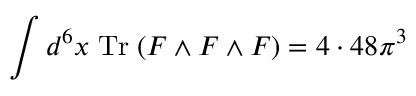
\int d ^ { 6 } x \; \mathrm { T r } \; ( F \wedge F \wedge F ) = 4 \cdot 4 8 \pi ^ { 3 }